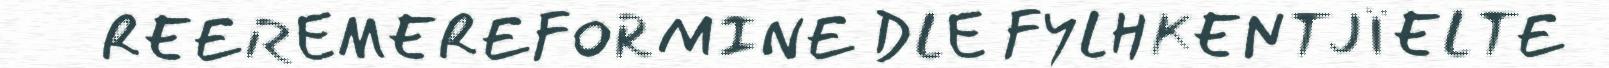
REEREMEREFORMINE DLE FYLHKENTJÏELTE